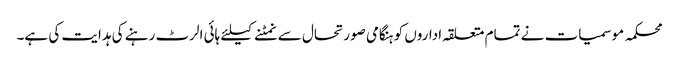
محکمہ موسمیات نے تمام متعلقہ اداروں کو ہنگامی صورتحال سے نمٹنے کیلئے ہائی الرٹ رہنے کی ہدایت کی ہے۔